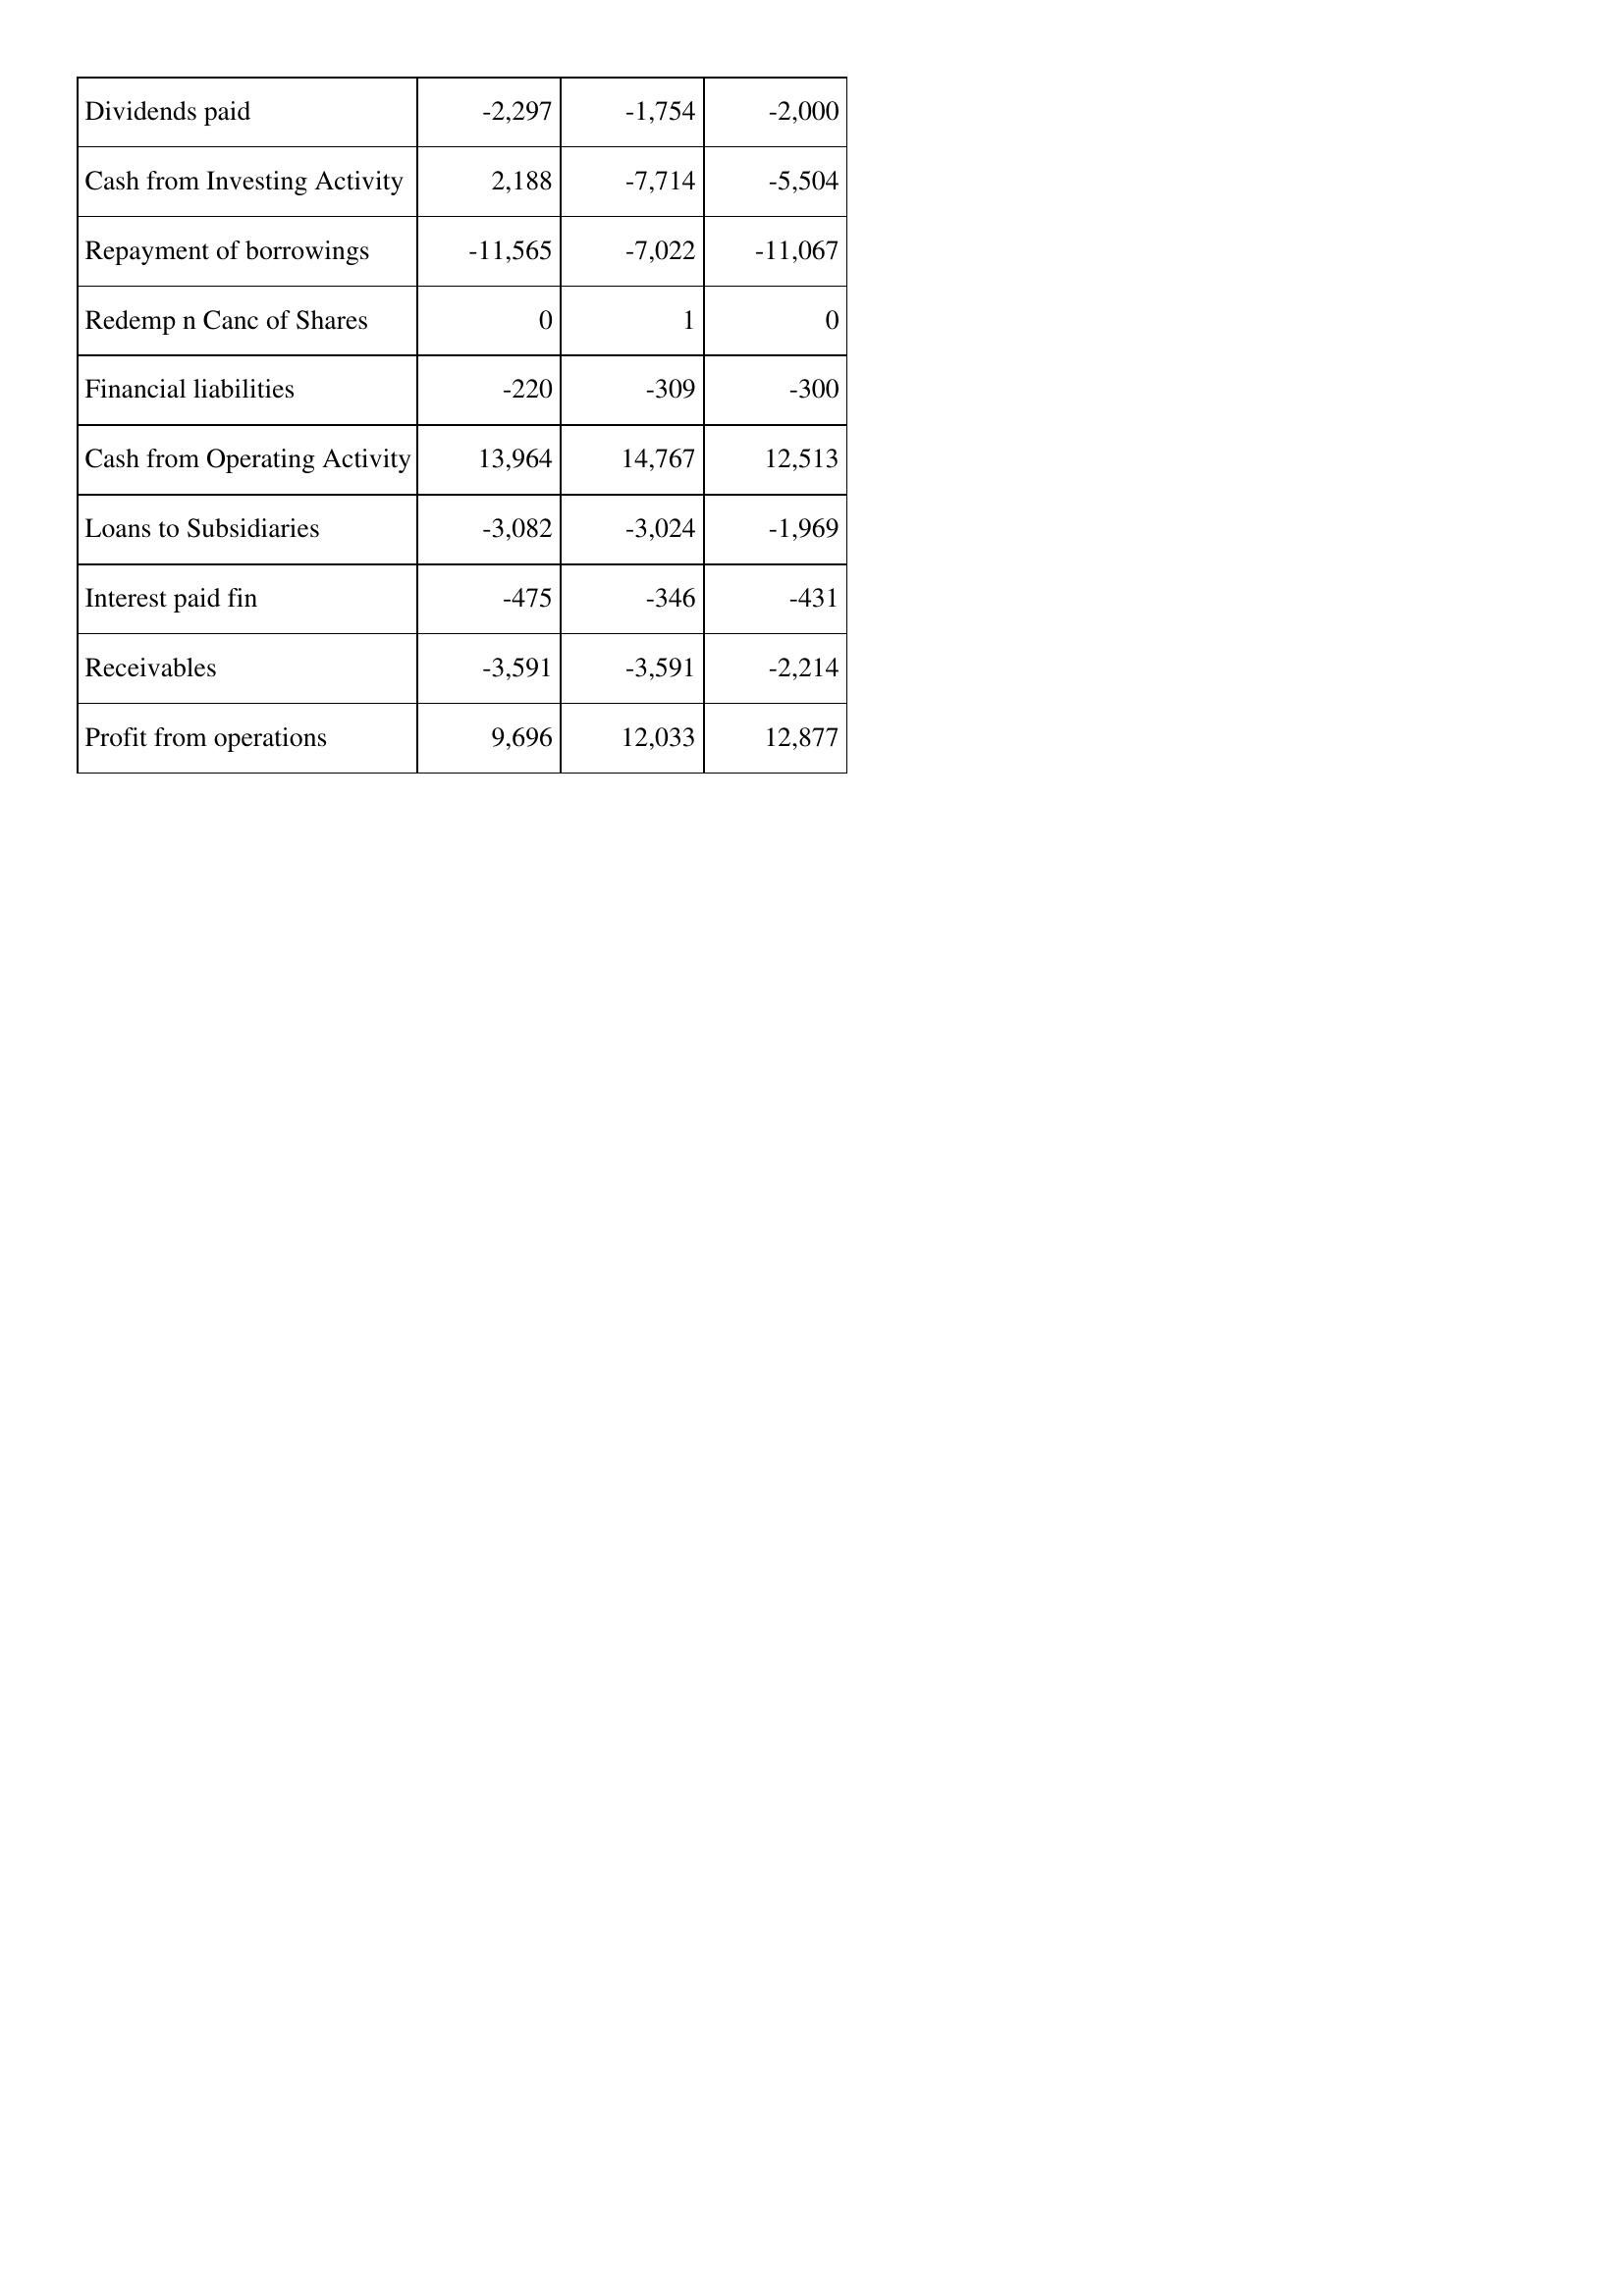
Mar-17: Cash Flows: Dividends paid: -2,297
Cash from Investing Activity: 2,188
Repayment of borrowings: -11,565
Redemp n Canc of Shares: 0
Financial liabilities: -220
Cash from Operating Activity: 13,964
Loans to Subsidiaries: -3,082
Interest paid fin: -475
Receivables: -3,591
Profit from operations: 9,696
Mar-16: Cash Flows: Dividends paid: -1,754
Cash from Investing Activity: -7,714
Repayment of borrowings: -7,022
Redemp n Canc of Shares: 1
Financial liabilities: -309
Cash from Operating Activity: 14,767
Loans to Subsidiaries: -3,024
Interest paid fin: -346
Receivables: -3,591
Profit from operations: 12,033
Mar-15: Cash Flows: Dividends paid: -2,000
Cash from Investing Activity: -5,504
Repayment of borrowings: -11,067
Redemp n Canc of Shares: 0
Financial liabilities: -300
Cash from Operating Activity: 12,513
Loans to Subsidiaries: -1,969
Interest paid fin: -431
Receivables: -2,214
Profit from operations: 12,877